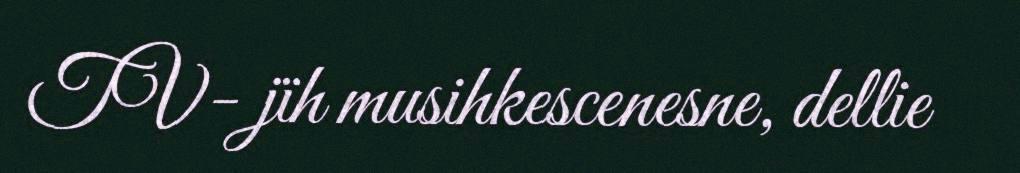
TV- jïh musihkescenesne, dellie